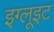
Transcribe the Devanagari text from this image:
इग्लूइट